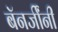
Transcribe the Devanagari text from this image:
बॅनर्जींनी